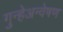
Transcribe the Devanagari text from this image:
गुन्हेअन्वेषण